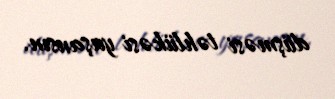
düşməsi təhlükəsi yaşansın.